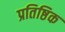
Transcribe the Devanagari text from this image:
प्रतिष्ठिक